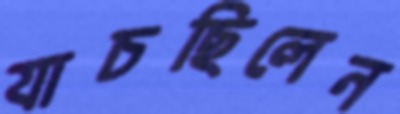
যাচছিলেন